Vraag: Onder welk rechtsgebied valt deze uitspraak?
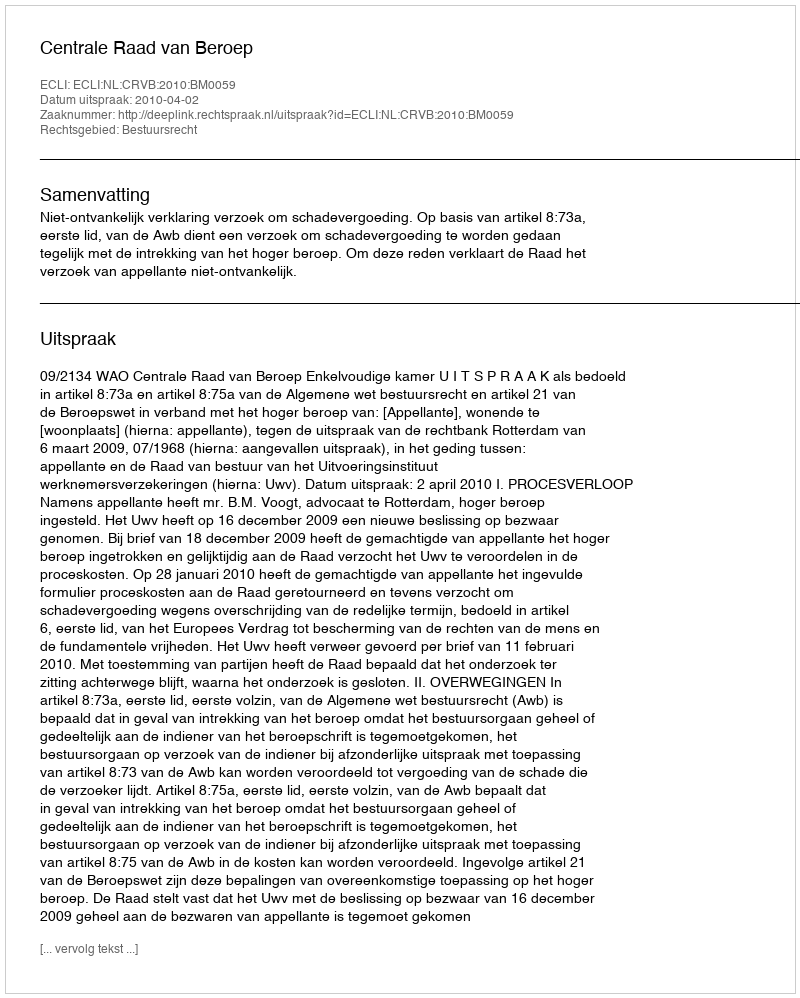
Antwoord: Bestuursrecht